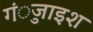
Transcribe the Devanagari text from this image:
गंुजाइश